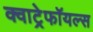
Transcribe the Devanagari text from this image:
क्वाट्रेफॉयल्स